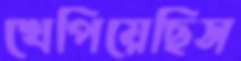
খেপিয়েছিস